Civil Veterinary Department. Madras. Admin. report 1910-25 - 1910-1925
Year: 1910
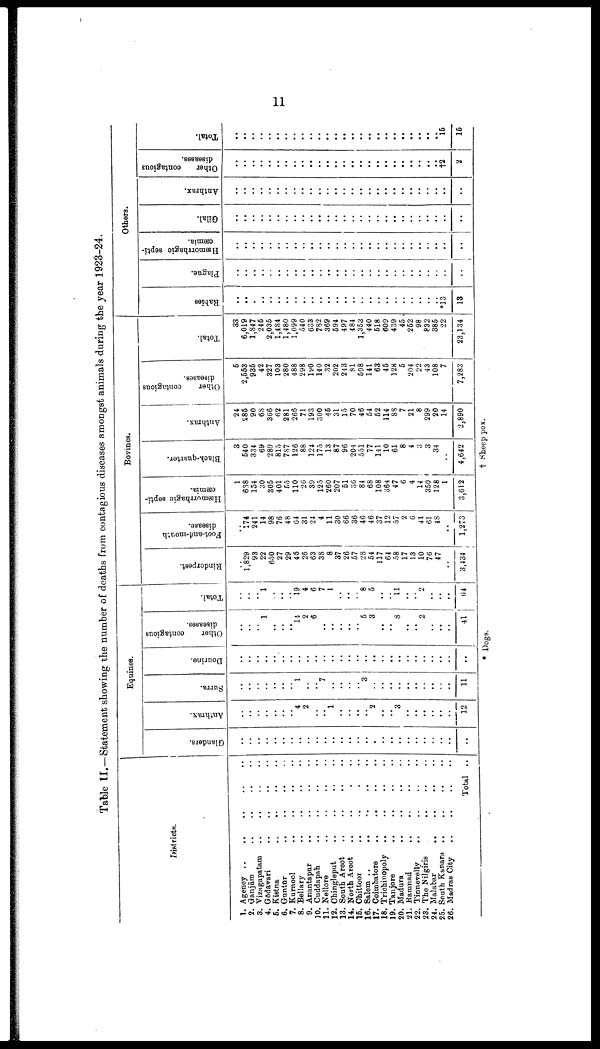
11
Table II.—Statement showing the number of deaths from contagious diseases amongst animals during the year 1923-24.
Districts.
1. Agency .. .. ..
2. Ganjām .. .. .. ..
3. Vizagapatam .. .. .. ..
4. Godavari .. .. ..
5. Kistna
.. .. .. .. ..
6. Guntur .. .. ..
7. Kurnool .. .. .. ..
8.
Rellary
..
..
..
..
9. Anantapur .. .. .. ..
JO. Cuddapah .. .. .. .. ..
11. Nellore
..
..
..
..
..
12. Chingleput
..
..
..
..
..
13. South Arcot
..
..
..
..
14. Forth Arcot .. .. .. ..
15. Chittoor .. .. .. ..
16. Salem ..
..
..
..
..
17. Coimbatore
..
.. .. ..
18. Trichinopoly .. .. ..
19. Tanjore .. .. ..
20. Madura
..
..
..
..
..
21. Ramnad .. .. .. ..
22.
Tinnevelly .. .. .. ..
23. The Nilgiris
..
..
..
..
24. Malabar
..
..
..
..
..
25. South Kanara .. .. .. ..
26. Madras City
..
..
..
..
..
Total ..
Equines.
Glanders.
..
..
..
..
..
..
..
....
..
..
..
..
..
..
..
..
..
..
..
..
..
..
..
..
..
..
..
Anthrax.
..
..
..
.. ..
..
..
4
2
..
.. 1
..
..
..
..
2
..
..
3
..
..
..
..
..
..
12
Surra.
..
..
..
..
..
..
..
1
..
..
7
..
..
..
.. 3
..
..
..
.. ..
..
..
..
..
..
11
Dourine.
..
..
..
..
..
..
..
..
..
..
..
..
..
..
..
..
..
..
..
..
..
..
..
..
..
..
..
Other
contagious
diseases.
..
..
..
1
..
.. ..
14 2
6
..
..
..
..
..
5
3
..
..
8
..
..
2
..
..
..
41
Total.
..
..
..
1
..
..
..
19
4
6
7
1
..
..
.. 8
5
..
..
11
..
.. 2
..
..
..
64
Bovines.
Rinderpest.
..
1,829
93
22
650
27
29
45
26
63
38
8
37
26
57
28
54
117
64
58
17
13
10
76
47
..
3,434
Foot-and -mouth
disease.
..
174
241
14
98
76
48
64
31
24
4
11
30
66
36
46
46
37
12
57
2
6
41
61
48
..
1,273
Hæmorrhagie septi
cæmia.
1
638
154
30
305
401
55
110
26
39
125
260
207
51
36
84
68
108
364
47
6
4
14
350
128
1
3,612
Black-quarter.
3
540
334
69
289
815
787
126
88
124
175
13
87
96
204
551
77
141
10
61
8
4
3
3
34
..
4,642
Anthrax.
24
285
90
68
366
62
281
266
71
193
300
45
31
15
70
46
54
52
114
88
7
21
8
299
20
14
2,890
Other
contagious
diseases.
5
2,553
935
42
327
103
280
488
298
190
140
32
202
243
81
598
141
63
45
128
5
204
22
43
108
7
7,283
Total.
33
6,019
1,847
245
2,035
1,484
1,480
1,099
540
633
782
369
594
497
484
1,353
440
518
609
439
45
252
98
832
385
22
23,134
Others.
Rabies
..
..
..
..
..
..
..
..
..
..
..
..
..
..
..
..
..
..
..
..
..
..
..
..
..
*13
13
Plague.
....
..
..
..
..
..
..
..
..
..
..
..
..
..
..
..
..
..
..
..
..
..
..
..
..
..
..
Hæmorrhagio septi
cæmia.
..
..
..
..
..
..
..
..
..
..
..
..
..
..
..
..
..
..
..
..
..
..
..
..
..
..
..
Gilal.
..
..
..
..
..
..
..
..
..
..
..
..
..
..
..
..
..
..
..
..
..
..
..
..
..
..
..
Anthrax.
..
..
..
..
..
..
..
..
..
..
..
..
..
..
..
..
..
..
..
..
..
..
..
..
..
..
..
Other
contagious
diseases.
..
..
..
..
..
..
..
..
..
..
..
..
..
..
..
..
..
..
..
..
..
..
..
..
..
†2
2
Total.
..
..
..
..
..
..
..
..
..
..
..
..
..
..
..
..
..
..
..
..
..
..
..
..
..
15
15
* Dogs.
† Sheep pox.